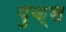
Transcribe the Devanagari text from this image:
पुक्स